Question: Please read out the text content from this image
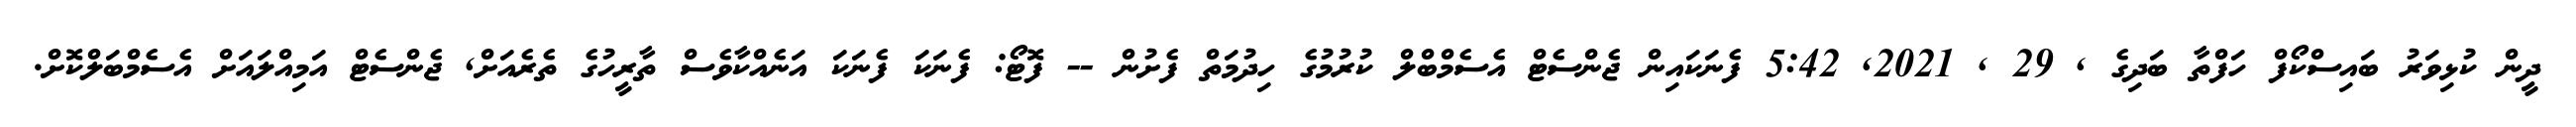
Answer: ދީން ކުޅިވަރު ބައިސްކޯފް ހަފްތާ ބަދިގެ , 29 , 2021, 5:42 ފެނަކައިން ޖެންސެޓް އެސެމްބްލް ކުރުމުގެ ހިދުމަތް ފެށުން -- ފޮޓޯ: ފެނަކަ ފެނަކަ އަނެއްކާވެސް ތާރީހުގެ ތެރެއަށް, ޖެންސެޓް އަމިއްލައަށް އެސެމްބަލްކޮށް.